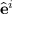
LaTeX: { \hat { \mathbf { e } } } ^ { i }